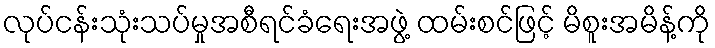
လုပ်ငန်းသုံးသပ်မှုအစီရင်ခံရေးအဖွဲ့ ထမ်းစင်ဖြင့် မိစူးအမိန့်ကို